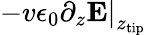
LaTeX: -v\epsilon_{0}\left.\partial_{z}{\mathbf E}\right|_{z_{\mathrm{tip}}}